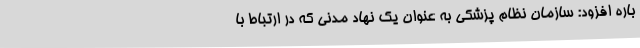
باره افزود: سازمان نظام پزشکی به عنوان یک نهاد مدنی که در ارتباط با